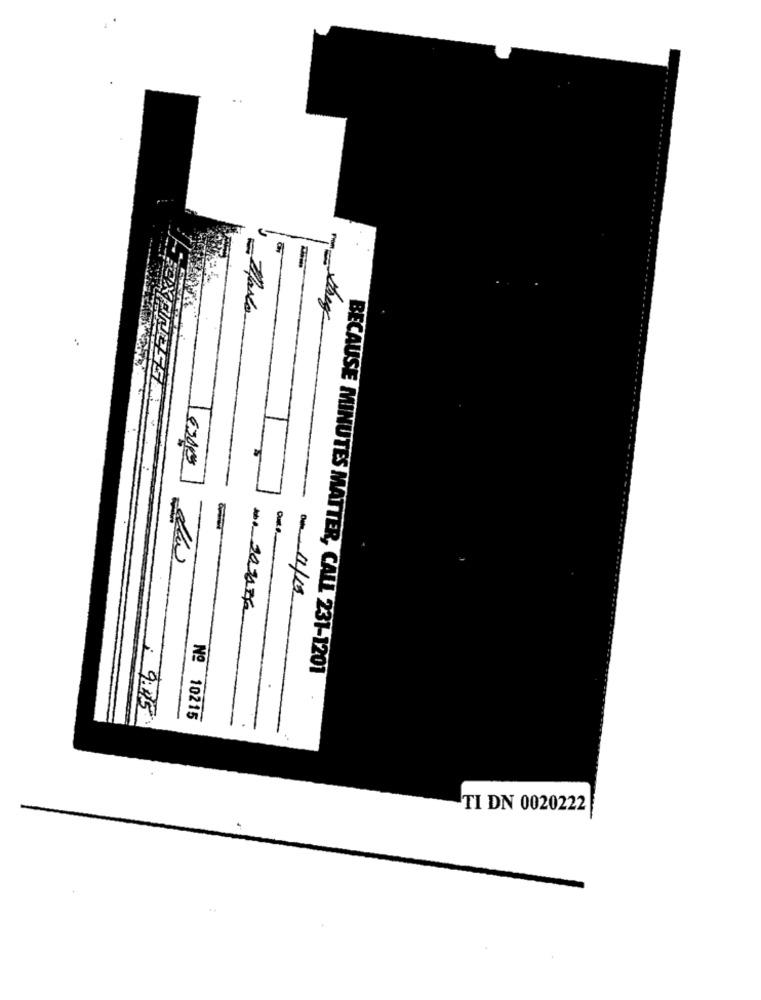
6200
Du 1/19
BECAUSE MINUTES MATTER, CALL 231-1201
: 9:45
Nº 10215
TI DN 0020222